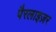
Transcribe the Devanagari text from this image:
पैरलाइज़र